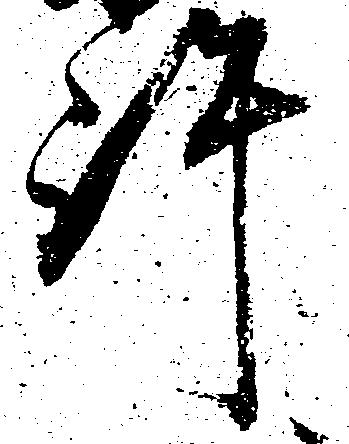
許